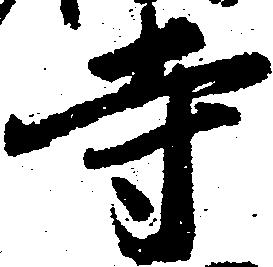
寺